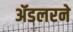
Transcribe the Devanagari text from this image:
ॲडलरने